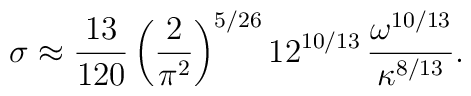
\sigma \approx \frac{13}{120} \left( \frac{2}{\pi^2} \right)^{5/26}12^{10/13} \, \frac{\omega^{10/13}}{\kappa^{8/13}}.